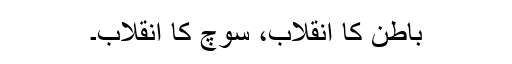
باطن کا انقلاب، سوچ کا انقلاب۔